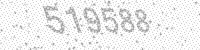
Solution: 519588